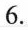
6.